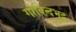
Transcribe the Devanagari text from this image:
गोविन्दभट्ट